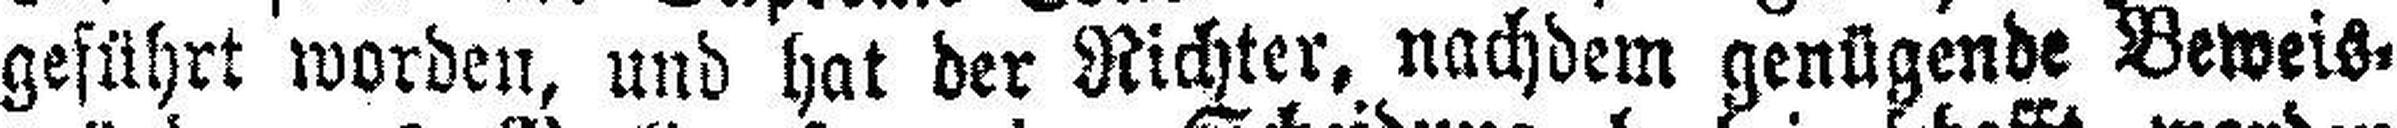
geführt worden, und hat der Richter, nachdem genügende Beweis¬